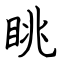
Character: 眺